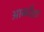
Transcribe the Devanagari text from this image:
आकाँक्षा